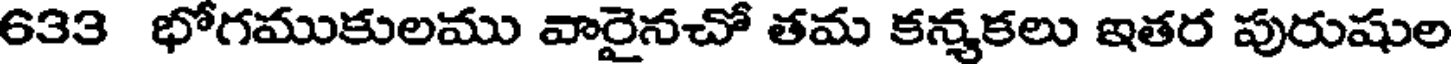
633 భోగముకులము వారైనచో తమ కన్మకలు ఇతర పురుషుల